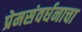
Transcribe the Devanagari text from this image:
प्रेमसंवर्धनाचा